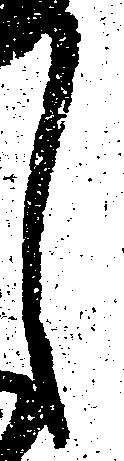
し